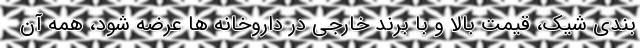
بندی شیک، قیمت بالا و با برند خارجی در داروخانه ها عرضه شود، همه آن